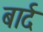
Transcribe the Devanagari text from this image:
बार्द